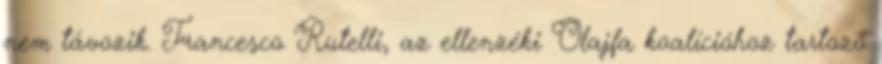
nem távozik. Francesco Rutelli, az ellenzéki Olajfa koalícióhoz tartozó